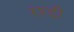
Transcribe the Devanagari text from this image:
रश्डी